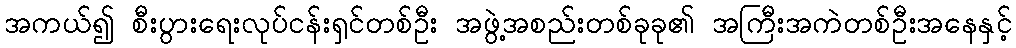
အကယ်၍ စီးပွားရေးလုပ်ငန်းရှင်တစ်ဦး အဖွဲ့အစည်းတစ်ခုခု၏ အကြီးအကဲတစ်ဦးအနေနှင့်